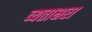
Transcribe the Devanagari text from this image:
च्यताक्षरा